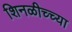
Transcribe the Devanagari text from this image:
शिनळीच्च्या